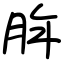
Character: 脌